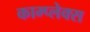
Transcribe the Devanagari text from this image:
काम्‍प्‍लेक्स